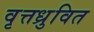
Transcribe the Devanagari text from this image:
वृत्तध्रुवित